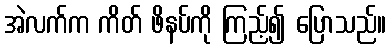
အဲလက်က ကိတ် ဖိနပ်ကို ကြည့်၍ ပြောသည်။